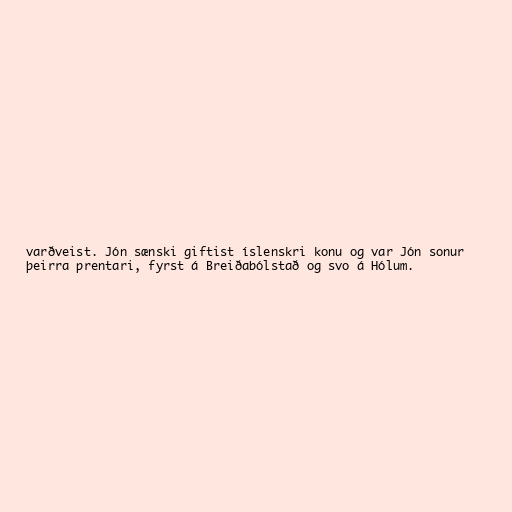
varðveist. Jón sænski giftist íslenskri konu og var Jón sonur
þeirra prentari, fyrst á Breiðabólstað og svo á Hólum.